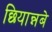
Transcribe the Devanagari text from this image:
छियान्नबे